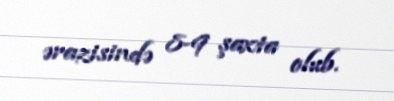
ərazisində 8-9 şaxta olub.